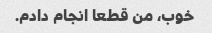
خوب، من قطعا انجام دادم.